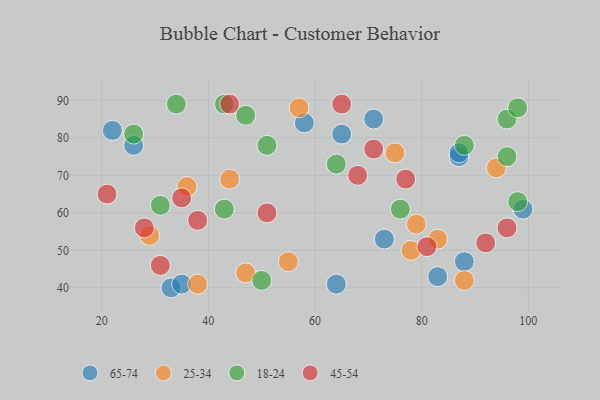
{"axis": {"x": "GDP", "y": "Life Expectancy"}, "legend": ["18-24", "25-34", "45-54", "65-74"], "data": [{"x": "33", "y": 40, "type": "65-74"}, {"x": "26", "y": 78, "type": "65-74"}, {"x": "22", "y": 82, "type": "65-74"}, {"x": "65", "y": 81, "type": "65-74"}, {"x": "83", "y": 43, "type": "65-74"}, {"x": "88", "y": 47, "type": "65-74"}, {"x": "87", "y": 75, "type": "65-74"}, {"x": "73", "y": 53, "type": "65-74"}, {"x": "99", "y": 61, "type": "65-74"}, {"x": "71", "y": 85, "type": "65-74"}, {"x": "58", "y": 84, "type": "65-74"}, {"x": "35", "y": 41, "type": "65-74"}, {"x": "87", "y": 76, "type": "65-74"}, {"x": "64", "y": 41, "type": "65-74"}, {"x": "83", "y": 53, "type": "25-34"}, {"x": "36", "y": 67, "type": "25-34"}, {"x": "57", "y": 88, "type": "25-34"}, {"x": "44", "y": 69, "type": "25-34"}, {"x": "38", "y": 41, "type": "25-34"}, {"x": "79", "y": 57, "type": "25-34"}, {"x": "88", "y": 42, "type": "25-34"}, {"x": "78", "y": 50, "type": "25-34"}, {"x": "55", "y": 47, "type": "25-34"}, {"x": "47", "y": 44, "type": "25-34"}, {"x": "94", "y": 72, "type": "25-34"}, {"x": "29", "y": 54, "type": "25-34"}, {"x": "75", "y": 76, "type": "25-34"}, {"x": "96", "y": 85, "type": "18-24"}, {"x": "98", "y": 63, "type": "18-24"}, {"x": "96", "y": 75, "type": "18-24"}, {"x": "31", "y": 62, "type": "18-24"}, {"x": "50", "y": 42, "type": "18-24"}, {"x": "43", "y": 61, "type": "18-24"}, {"x": "47", "y": 86, "type": "18-24"}, {"x": "26", "y": 81, "type": "18-24"}, {"x": "34", "y": 89, "type": "18-24"}, {"x": "76", "y": 61, "type": "18-24"}, {"x": "64", "y": 73, "type": "18-24"}, {"x": "88", "y": 78, "type": "18-24"}, {"x": "43", "y": 89, "type": "18-24"}, {"x": "98", "y": 88, "type": "18-24"}, {"x": "51", "y": 78, "type": "18-24"}, {"x": "81", "y": 51, "type": "45-54"}, {"x": "28", "y": 56, "type": "45-54"}, {"x": "92", "y": 52, "type": "45-54"}, {"x": "68", "y": 70, "type": "45-54"}, {"x": "31", "y": 46, "type": "45-54"}, {"x": "21", "y": 65, "type": "45-54"}, {"x": "35", "y": 64, "type": "45-54"}, {"x": "38", "y": 58, "type": "45-54"}, {"x": "96", "y": 56, "type": "45-54"}, {"x": "44", "y": 89, "type": "45-54"}, {"x": "71", "y": 77, "type": "45-54"}, {"x": "77", "y": 69, "type": "45-54"}, {"x": "51", "y": 60, "type": "45-54"}, {"x": "65", "y": 89, "type": "45-54"}]}